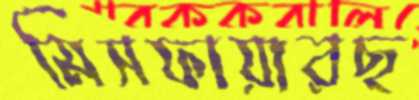
মিসফায়ারছ